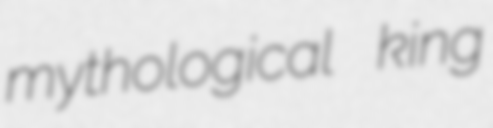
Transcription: mythological king